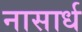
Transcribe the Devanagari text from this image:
नासार्ध